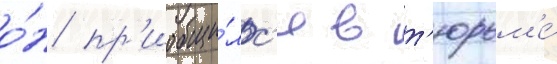
о́н пр'иобщи́лс'я в т'юрьм'е́